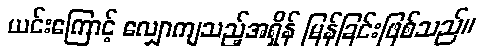
ယင်းကြောင့် လျှောကျသည့်အရှိန် မြန်ခြင်းဖြစ်သည်။